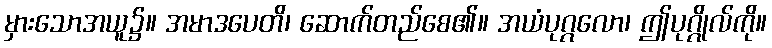
မှားသောအယူ၌။ အမာဒပေတိ၊ ဆောက်တည်စေ၏။ အယံပုဂ္ဂလော၊ ဤပုဂ္ဂိုလ်ကို။